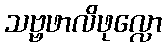
သဗ္ဗဖာလိဖုလ္လော